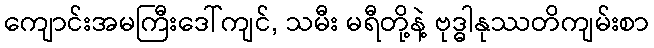
ကျောင်းအမကြီးဒေါ်ကျင်, သမီး မရီတို့နဲ့ ဗုဒ္ဓါနုဿတိကျမ်းစာ